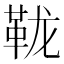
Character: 𫖅